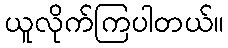
ယူလိုက်ကြပါတယ်။